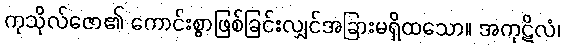
ကုသိုလ်ဇော၏ ကောင်းစွာဖြစ်ခြင်းလျှင်အခြားမရှိထသော။ အကုဋိလံ၊